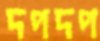
দপদপ